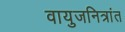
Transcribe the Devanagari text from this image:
वायुजनित्रांत